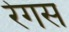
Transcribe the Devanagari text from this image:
रेगस